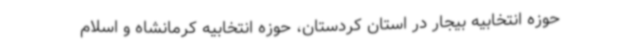
حوزه انتخابیه بیجار در استان کردستان، حوزه انتخابیه کرمانشاه و اسلام